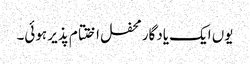
یوں ایک یادگار محفل اختتام پذیر ہوئی۔